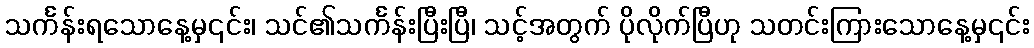
သင်္ကန်းရသောနေ့မှ၎င်း၊ သင်၏သင်္ကန်းပြီးပြီ၊ သင့်အတွက် ပိုလိုက်ပြီဟု သတင်းကြားသောနေ့မှ၎င်း